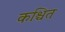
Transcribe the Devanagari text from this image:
कश्चित